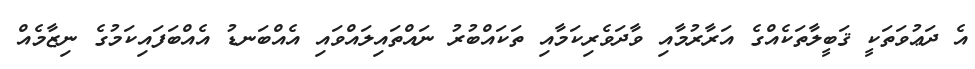
އެ ދަޢުވަތަކީ ޤަބީލާތަކެއްގެ އަރާރުމާއި ވާދަވެރިކަމާއި ތަކައްބުރު ނައްތައިލައްވައި އެއްބަނޑު އެއްބަފައިކަމުގެ ނިޒާމެއް